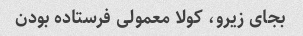
بجای زیرو، کولا معمولی فرستاده بودن